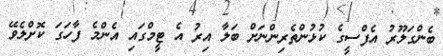
ބެންގަލޫރު އެފްސީގެ ކުޅުންތެރިންނަށް ބަލާ އިރު އެ ޓީމްގައި އެންމެ ފާހަގަ ކޮށްލެވޭ